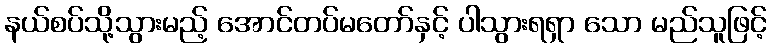
နယ်စပ်သို့သွားမည့် အောင်တပ်မတော်နှင့် ပါသွားရရှာ သော မည်သူဖြင့်